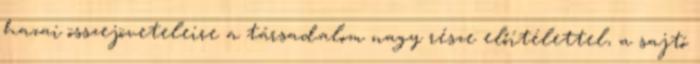
hazai összejöveteleire a társadalom nagy része előítélettel, a sajtó